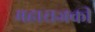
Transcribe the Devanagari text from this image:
महाराजकी